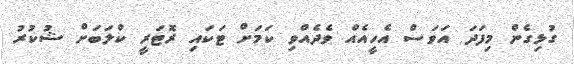
ގުޅިގެން މިފަދަ އަވަސް އެހީއެއް ވެދެއްވި ކަމަށް ޓަކައި ރޮޓަރީ ކްލަބަށް ޝުކުރު